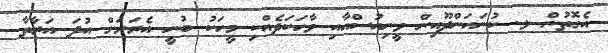
އެގޮތުން ލ. ކުނަހަންދޫއިން ވީނިއުސްއާއި ވާހަކަދެއްކި މީހަކު ބުނީ އެރަށަށް އުދަ އަރާތާ